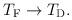
LaTeX: \begin{align*}T_{{\rm F}}\rightarrow T_{{\rm D}}. \end{align*}